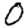
Digit: 0